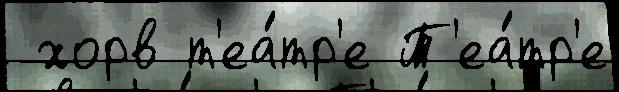
 хорв т'еа́тр'е Т'еа́тр'е